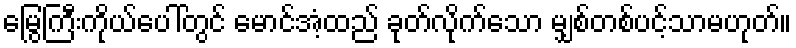
မြွေကြီးကိုယ်ပေါ်တွင် မောင်အံ့ထည် ခုတ်လိုက်သော မျှစ်တစ်ပင့်သာမဟုတ်။